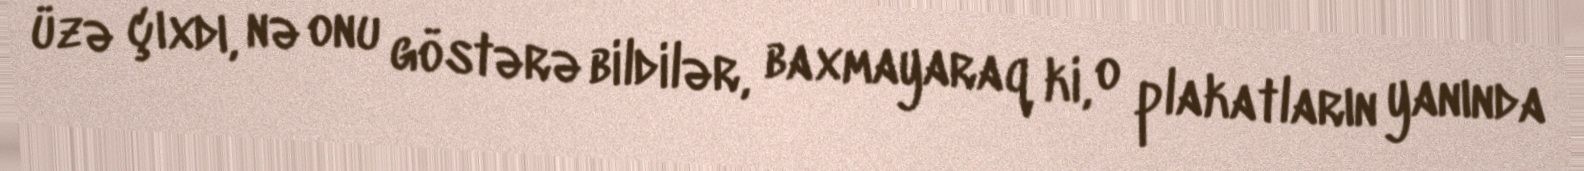
üzə çıxdı, nə onu göstərə bildilər, baxmayaraq ki, o plakatların yanında